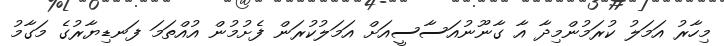
މިހާރު އަމަލު ކުރަމުންމިދާ އާ ގާނޫނުއަސާސީއަށް އަމަލުކުރަން ފެށުމުން އުއްތަމަ ފަނޑިޔާރުގެ މަގާމު